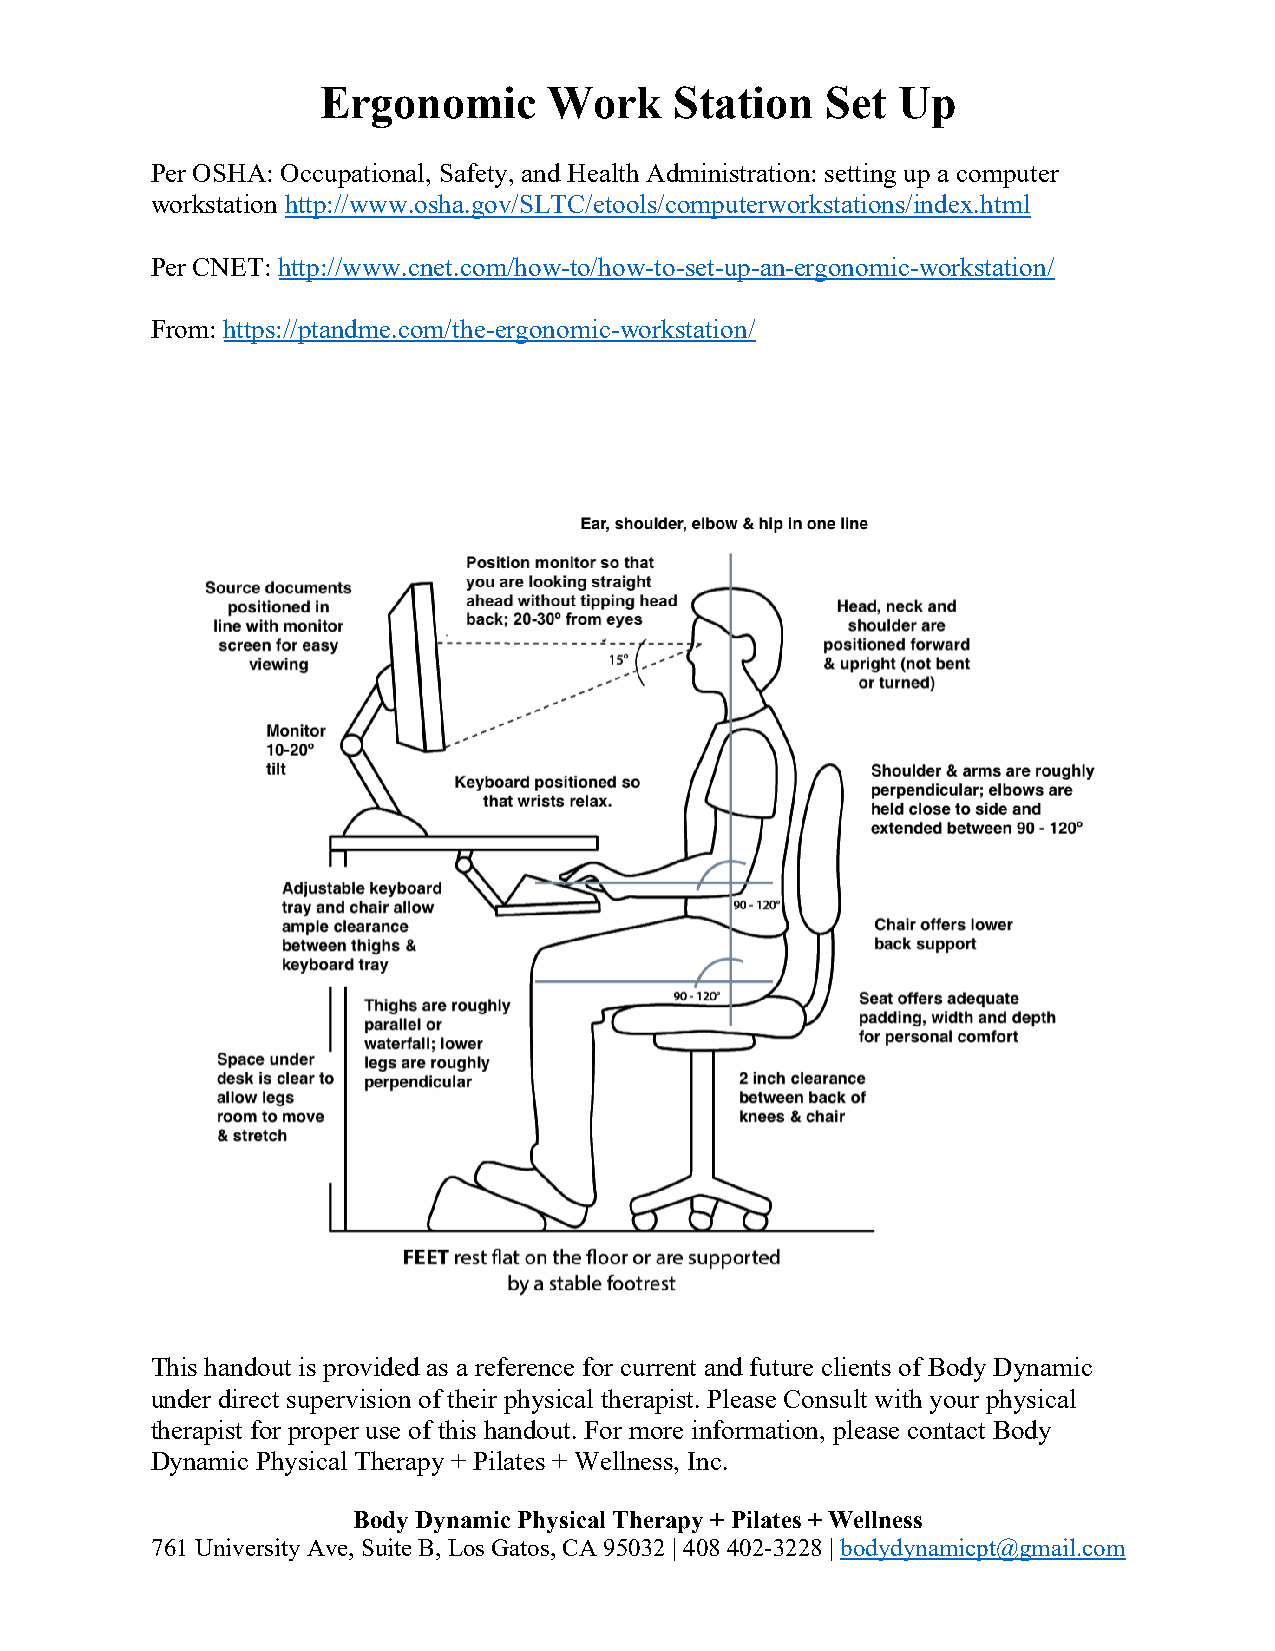
Ergonomic      Work     Station   Set Up
 Per OSHA: Occupational, Safety, and Health Administration: setting up a computer
 workstation http://www.osha.gov/SLTC/etools/computerworkstations/index.html
 Per CNET: http://www.cnet.com/how-to/how-to-set-up-an-ergonomic-workstation/
 From: https://ptandme.com/the-ergonomic-workstation/
 This handout is provided as a reference for current and future clients of Body Dynamic
 under direct supervision of their physical therapist. Please Consult with your physical
 therapist for proper use of this handout. For more information, please contact Body
 Dynamic Physical Therapy + Pilates + Wellness, Inc.
 Body Dynamic Physical Therapy + Pilates + Wellness
 761 University Ave, Suite B, Los Gatos, CA 95032 | 408 402-3228 | bodydynamicpt@gmail.com